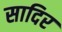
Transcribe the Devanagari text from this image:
सादिर